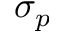
\sigma _ { p }